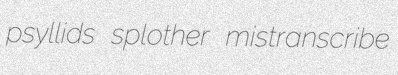
psyllids splother mistranscribe